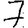
Digit: 7